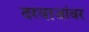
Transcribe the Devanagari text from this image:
दरवाजांवर